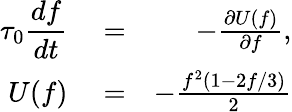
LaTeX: \begin{array}{rlr}{\displaystyle\tau_{0}\frac{df}{dt}}&{{}=}&{-\frac{\partial U(f)}{\partial f},}\\ {U(f)}&{{}=}&{-\frac{f^{2}(1-2f/3)}{2}}\end{array}